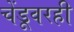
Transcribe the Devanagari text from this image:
चेंडूवरही